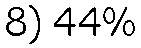
8) 44%